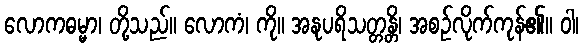
လောကဓမ္မာ၊ တို့သည်။ လောကံ၊ ကို။ အနုပရိသတ္တန္တိ၊ အစဉ်လိုက်ကုန်၏။ ဝါ၊